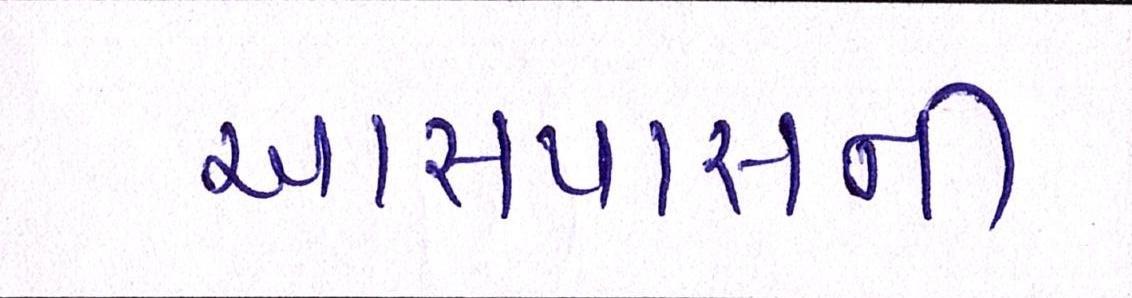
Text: આસપાસની